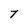
Character: T